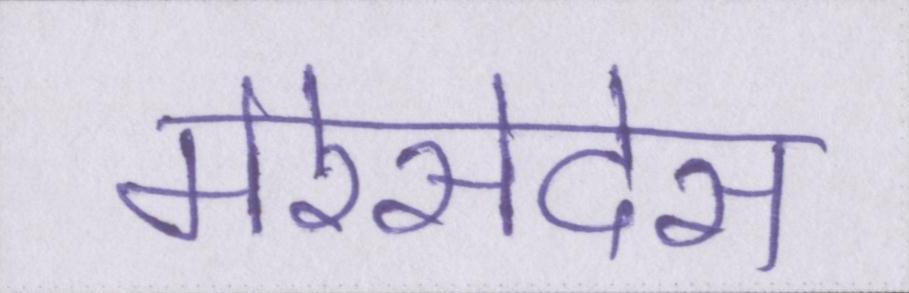
मेरेसेदेस